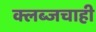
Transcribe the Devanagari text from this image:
क्लब्जचाही